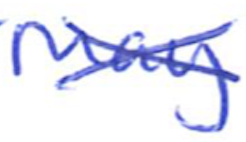
Text: May
Cross-out: cross
Writing tool: ballpoint